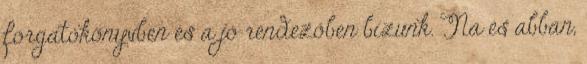
forgatókönyvben és a jó rendezőben bízunk. Na és abban,